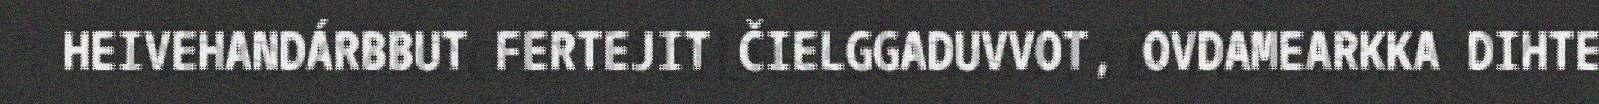
HEIVEHANDÁRBBUT FERTEJIT ČIELGGADUVVOT, OVDAMEARKKA DIHTE